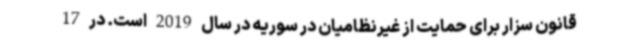
قانون سزار برای حمایت از غیرنظامیان در سوریه در سال 2019 است. در 17